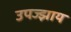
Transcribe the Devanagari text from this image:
उपज्झाय